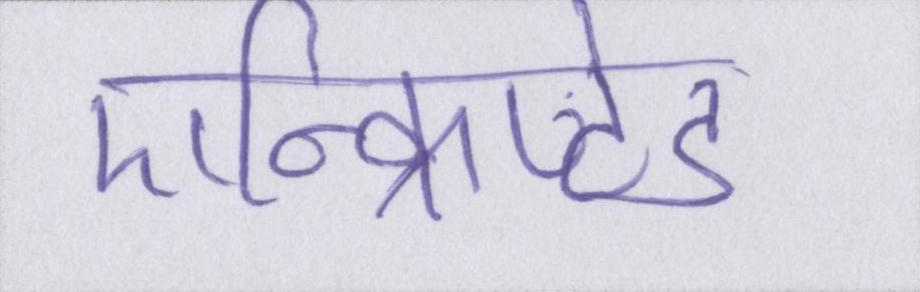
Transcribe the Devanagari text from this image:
एन्क्रिप्टेड